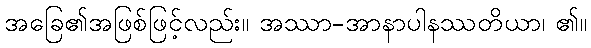
အခြေ၏အဖြစ်ဖြင့်လည်း။ အဿာ-အာနာပါနဿတိယာ၊ ၏။